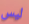
ليس